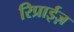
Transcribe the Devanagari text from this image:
रिप्राईज़